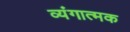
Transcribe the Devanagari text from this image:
व्‍यंगात्‍मक